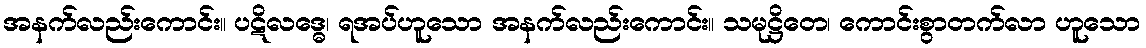
အနက်လည်းကောင်း။ ပဋိလဒ္ဓေ၊ ရအပ်ဟူသော အနက်လည်းကောင်း။ သမုဋ္ဌိတေ၊ ကောင်းစွာတက်လာ ဟူသော